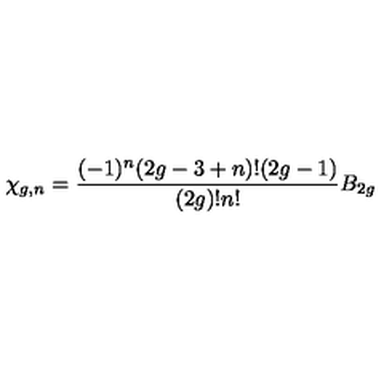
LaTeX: \chi _ { g , n } = { \frac { ( - 1 ) ^ { n } ( 2 g - 3 + n ) ! ( 2 g - 1 ) } { ( 2 g ) ! n ! } } B _ { 2 g }